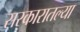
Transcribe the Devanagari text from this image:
सरकारातल्या